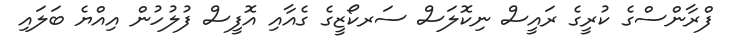
ފްރާންސްގެ ކުރީގެ ރައީސް ނިކޮލަސް ސަރކޯޒީގެ ގެއާއި އޮފީސް ފުލުހުން އިއްޔެ ބަލައި